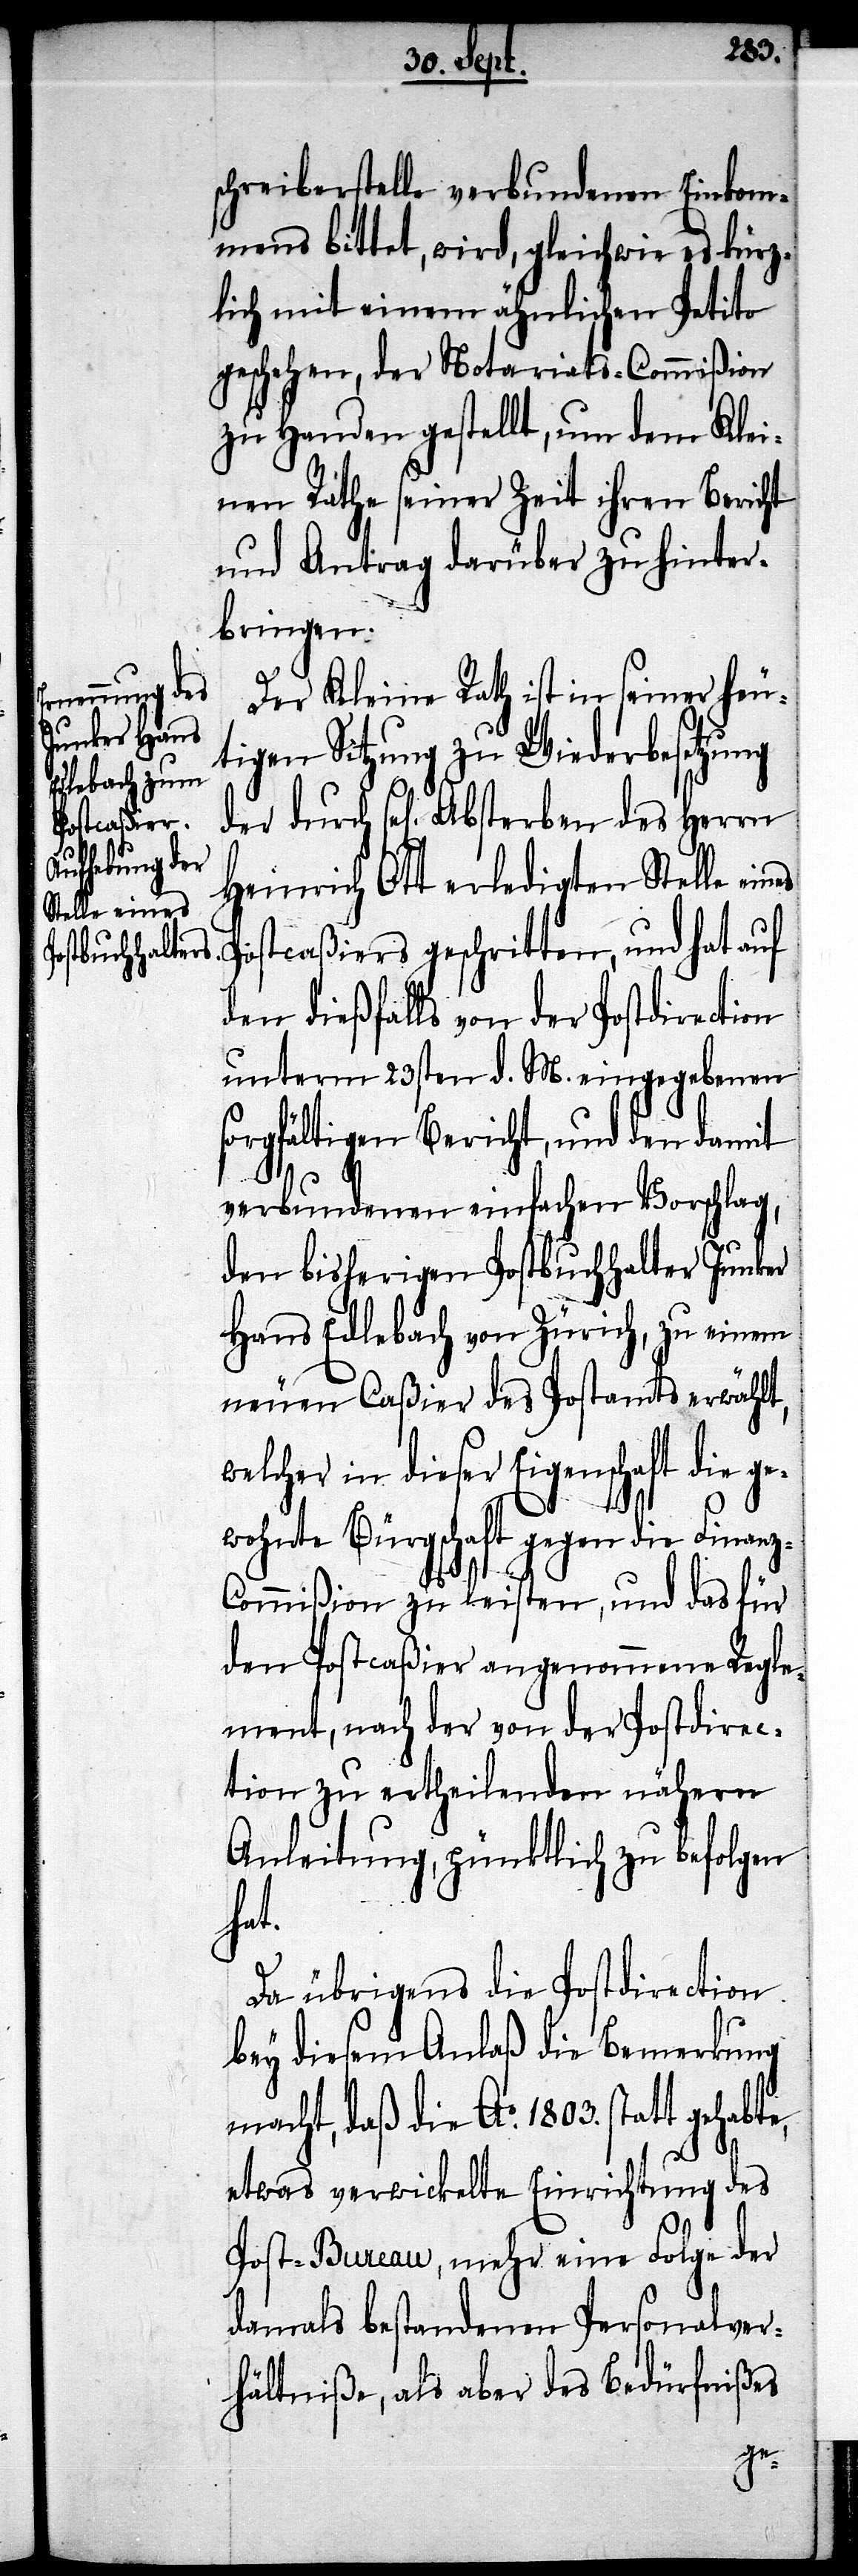
schreiberstelle verbundenen Einkom¬
mens bittet, wird, gleichwie es kürz¬
lich mit einem ähnlichen Petito
geschehen, der Notariats-Commißion
zu Handen gestellt, um dem Klei¬
nen Rathe seiner Zeit ihren Bericht
und Antrag darüber zu hinter¬
bringen.
Der Kleine Rath ist in seiner heu¬
tigen Sitzung zu Wiederbesetzung
durch sel[iges] Absterben des Herrn
Heinrich Ott erledigten Stelle eines
Postcaßiers geschritten, und hat auf
den dießfalls von der Postdirection
unterm 23sten d. M. eingegebenen
sorgfältigen Bericht, und den damit
verbundenen einfachen Vorschlag,
den bisherigen Postbuchhalter Junker
Hans Edlebach von Zürich, zu einem
neuen Caßier des Postamts erwählt,
welcher in dieser Eigenschaft die ge¬
wohnte Bürgschaft gegen die Finan¬
z-Commißion zu leisten, und das für
den Postcaßier angenommene Regle¬
ment, nach der von der Postdirec¬
tion zu ertheilenden nähern
Anleitung, pünktlich zu befolgen
hat.
Da übrigens die Postdirection
bey diesem Anlaß die Bemerkung
macht, daß die Ao. 1803. statt
etwas verwickelte Einrichtung des
Post-Bureau, mehr eine Folge der
damals bestandenen Personalver¬
hältniße, als aber des Bedürfnißes
der